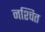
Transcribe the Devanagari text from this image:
नश्चित